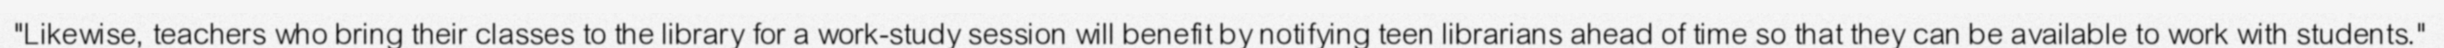
"Likewise, teachers who bring their classes to the library for a work-study session will benefit by notifying teen librarians ahead of time so that they can be available to work with students."